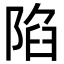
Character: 陷